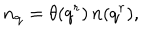
LaTeX: n _ { { \bf q } } = \theta ( q ^ { r } ) \, n ( q ^ { r } ) ,